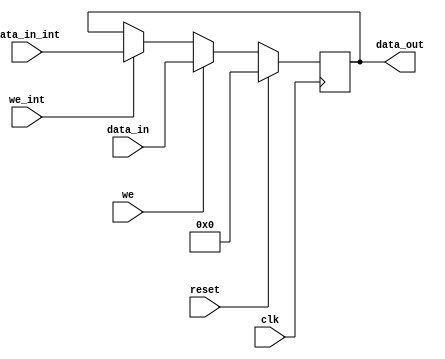
module mig_7series_v2_3_axi_ctrl_reg #
(
///////////////////////////////////////////////////////////////////////////////
// Parameter Definitions
///////////////////////////////////////////////////////////////////////////////
  parameter integer C_REG_WIDTH         = 32,
  parameter integer C_DATA_WIDTH        = 32,
  parameter         C_INIT              = 32'h0,
  parameter         C_MASK              = 32'h1
)
(
///////////////////////////////////////////////////////////////////////////////
// Port Declarations     
///////////////////////////////////////////////////////////////////////////////
  input  wire                               clk         , 
  input  wire                               reset       , 
  input  wire [C_REG_WIDTH-1:0]             data_in     , 
  input  wire                               we          , 
  input  wire                               we_int      , 
  input  wire [C_REG_WIDTH-1:0]             data_in_int , 
  output wire [C_DATA_WIDTH-1:0]            data_out
);
////////////////////////////////////////////////////////////////////////////////
// Functions
////////////////////////////////////////////////////////////////////////////////

////////////////////////////////////////////////////////////////////////////////
// Local parameters
////////////////////////////////////////////////////////////////////////////////

////////////////////////////////////////////////////////////////////////////////
// Wires/Reg declarations
////////////////////////////////////////////////////////////////////////////////
reg [C_REG_WIDTH-1:0] data;

////////////////////////////////////////////////////////////////////////////////
// BEGIN RTL
///////////////////////////////////////////////////////////////////////////////
always @(posedge clk) begin
  if (reset) begin
    data <= C_INIT[0+:C_REG_WIDTH];
  end
  else if (we) begin
    data <= data_in;
  end
  else if (we_int) begin
    data <= data_in_int;
  end
  else begin
    data <= data;
  end
end

// Does not supprot case where P_MASK_LSB > 0
generate 
  if (C_REG_WIDTH == C_DATA_WIDTH) begin : assign_no_zero_pad
    assign data_out = data;
  end
  else begin : assign_zero_pad
    assign data_out = {{C_DATA_WIDTH-C_REG_WIDTH{1'b0}}, data};
  end
endgenerate

endmodule